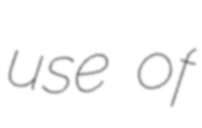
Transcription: use of